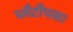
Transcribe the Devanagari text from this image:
प्लैटीपस।